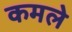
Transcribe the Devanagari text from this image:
कमले